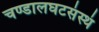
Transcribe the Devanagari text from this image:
चण्डालघटसंस्थं